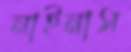
নাইনাস